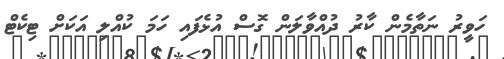
ހަވީރު ނަތާމެން ކާރު ދުއްވާލަން ގޮސް އުޅެފައި ހަމަ ކުއްލި އަކަށް ޓިކެޓް